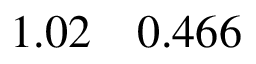
1 . 0 2 \quad 0 . 4 6 6